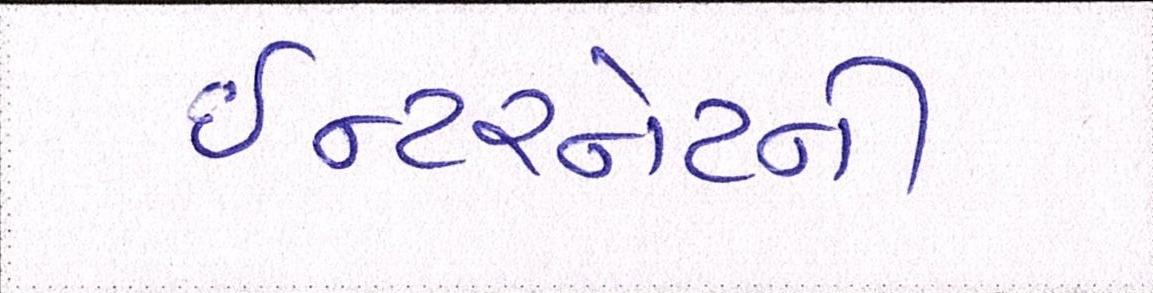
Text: ઈન્ટરનેટની